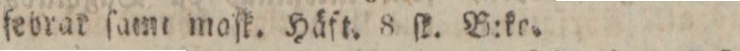
fedrar ſamt maſk. Häft. 8 ſk. B:ke.